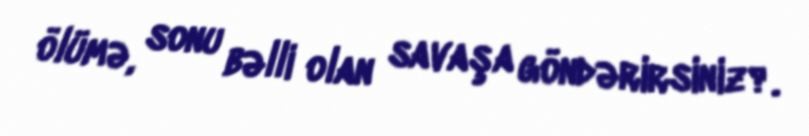
ölümə, sonu bəlli olan savaşa göndərirsiniz?.